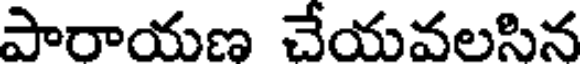
పారాయణ చేయవలసిన